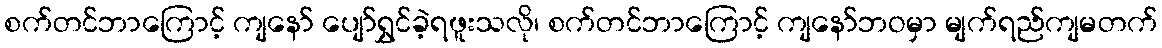
စက်တင်ဘာကြောင့် ကျနော် ပျော်ရွှင်ခဲ့ရဖူးသလို၊ စက်တင်ဘာကြောင့် ကျနော်ဘဝမှာ မျက်ရည်ကျမတက်